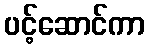
ပင့်ဆောင်ကာ